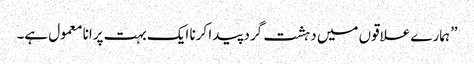
” ہمارے علاقوں میں دہشت گرد پیدا کرنا ایک بہت پرانا معمول ہے۔